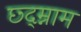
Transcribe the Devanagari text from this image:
छ्द्म्नाम